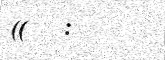
((   :